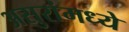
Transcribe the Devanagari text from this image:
असुरांमध्ये